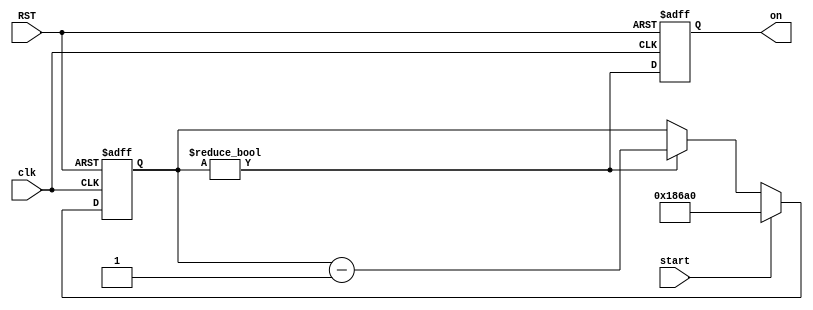
/***********************************************
Module Name:   timer
Feature:       timer with constant counter 20 ms
               An example for the book
Coder:         Garfield
Organization:  xxxx Group, Department of Architecture
------------------------------------------------------
Input ports:   clk: System clock @ 2 ns period
               RST, 1 bit reset
               start, timer start flag, high level avaiable
Output Ports:  timer_on, high if time is on counter
------------------------------------------------------
History:
01-21-2016: First Version by Garfield
01-21-2016: Verified by Garfield with Reset_Recovery_test in Modelsim
***********************************************/

module timer_20ms
  ( 
    input clk,
    input RST,
    input start,
    output reg on
  );

//Defination for Varables in the module
`define NUMBER_20MS 100_000
//100,000 clock(period 200 ns) for 20 ms

reg[16:0] counter = 0;
//Logicals
//Combanitory logicals

always @ (posedge clk or negedge RST)
//Counter operations
begin
	 if (!RST)
	 begin
        on <= 1'b0;	 	
	 end
	 else
   begin
        on <= (counter != 0);
    end
end

always @ (posedge clk or negedge RST)
//Counter operations
begin
    if (!RST)
	  begin
        counter <= 1'b0;	 	
	  end
	  else if (start)
    begin
        counter <= `NUMBER_20MS;
    end
    else if (counter != 0)
    begin
        counter <= counter - 1'b1;
    end
    else
    begin
    end
end

endmodule